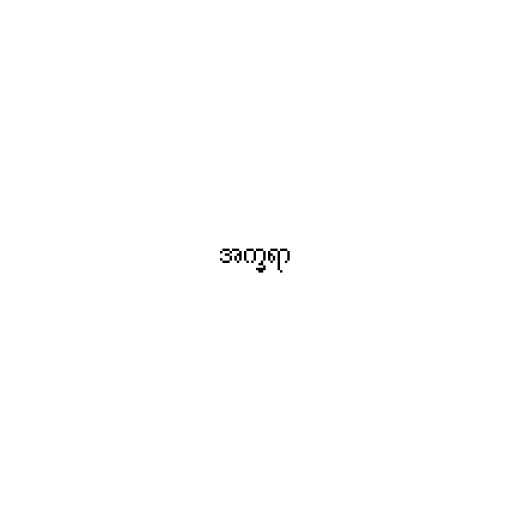
အက္ခရာ